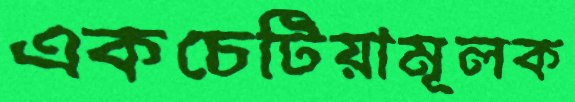
একচেটিয়ামূলক